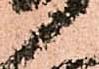
衛